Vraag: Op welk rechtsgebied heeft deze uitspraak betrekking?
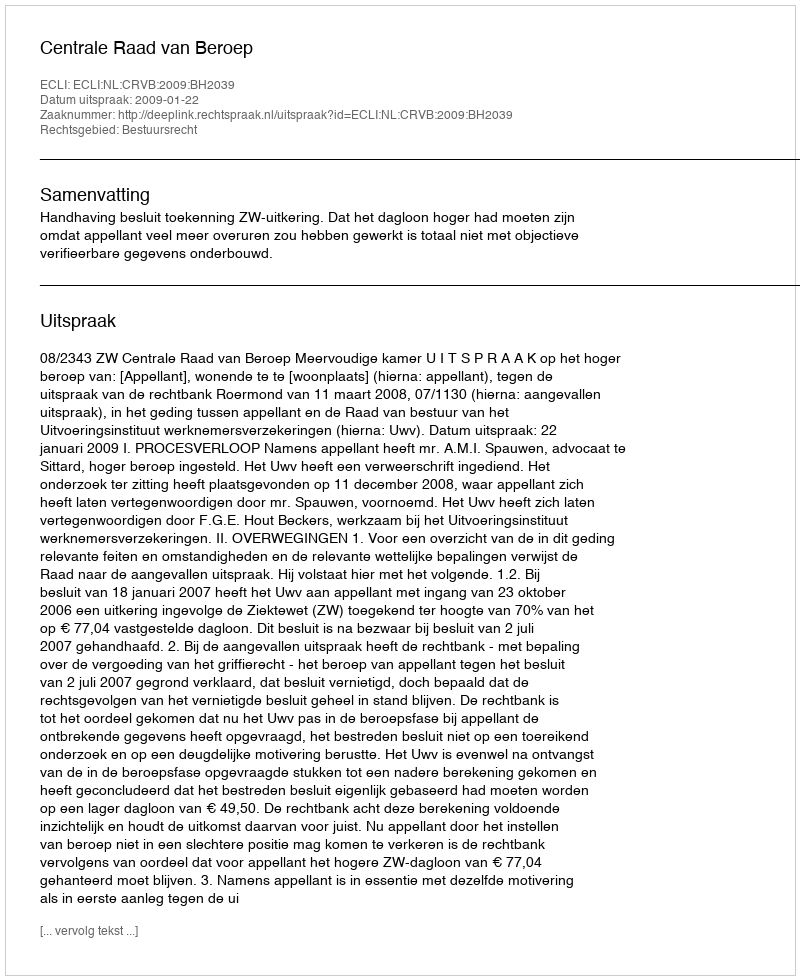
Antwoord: Bestuursrecht